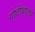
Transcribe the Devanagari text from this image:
गोष्टींबद्दलचे